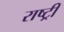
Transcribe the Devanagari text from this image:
राष्ट्र्री